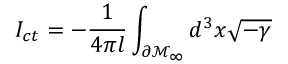
I _ { c t } = - \frac 1 { 4 \pi l } \int _ { \partial \mathcal { M } _ { \infty } } d ^ { 3 } x \sqrt { - \gamma }